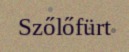
Szőlőfürt